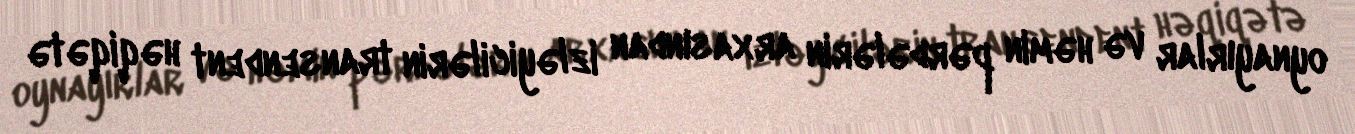
oynayırlar və həmin pərdələrin arxasından izləyicilərin transendent həqiqətə